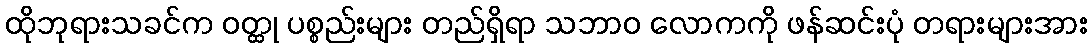
ထိုဘုရားသခင်က ဝတ္ထု ပစ္စည်းများ တည်ရှိရာ သဘာဝ လောကကို ဖန်ဆင်းပုံ တရားများအား